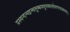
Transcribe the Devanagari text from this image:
प्रस्यन्दन्मद्गन्धलुब्धमधुपब्यालोलगण्डस्थलम्।